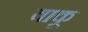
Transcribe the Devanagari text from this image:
वाकू